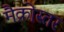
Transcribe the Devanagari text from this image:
मैक्रोस्तर